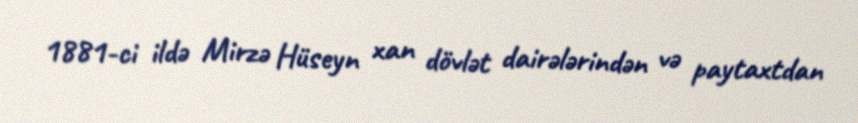
1881-ci ildə Mirzə Hüseyn xan dövlət dairələrindən və paytaxtdan